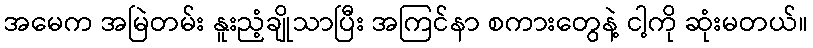
အမေက အမြဲတမ်း နူးညံ့ချိုသာပြီး အကြင်နာ စကားတွေနဲ့ ငါ့ကို ဆုံးမတယ်။